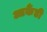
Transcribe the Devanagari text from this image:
आर्कैडी